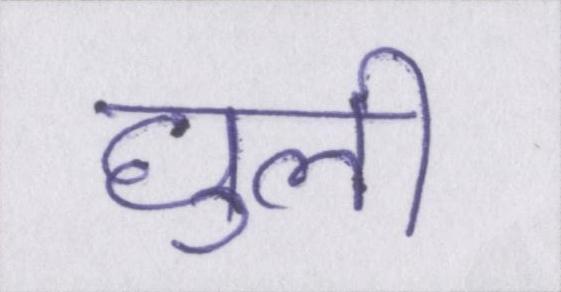
घुली